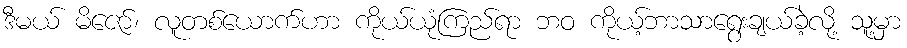
ဒီမယ် မိဇော်၊ လူတစ်ယောက်ဟာ ကိုယ်ယုံကြည်ရာ ဘဝ ကိုယ့်ဘာသာရွေးချယ်ခဲ့လို့ သူ့မှာ